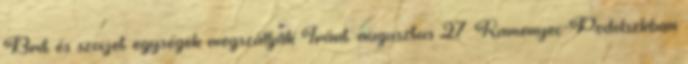
Brit és szovjet egységek megszállják Iránt. augusztus 27. Kamenyec-Podolszkban